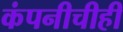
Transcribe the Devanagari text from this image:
कंपनीचीही